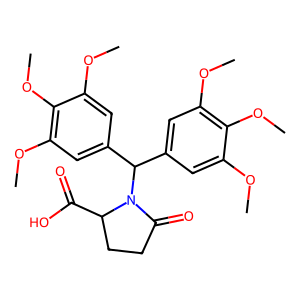
SMILES: COc1cc(C(c2cc(OC)c(OC)c(OC)c2)N2C(=O)CCC2C(=O)O)cc(OC)c1OC
Inhibits HIV replication: No